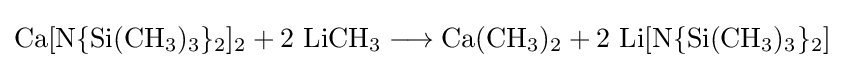
\mathrm {Ca[N\{Si(CH_{3})_{3}\}_{2}]_{2}+2\ LiCH_{3}\longrightarrow Ca(CH_{3})_{2}+2\ Li[N\{Si(CH_{3})_{3}\}_{2}]}